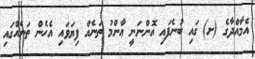
އެމާއްދާގެ (ށ) ގައި ބުނެފައި އޮންނަނީ ޢާންމު ތަނެއް ފިޔަވައި އެހެން ތަނެއްގައި